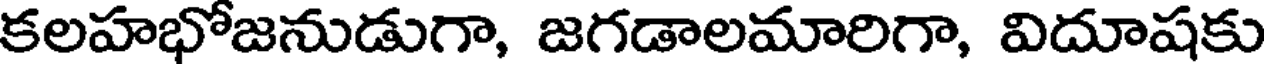
కలహభోజనుడుగా, జగడాలమారిగా, విదూషకు